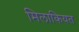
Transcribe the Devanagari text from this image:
मिलाकियत